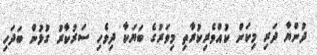
ދުންޔާ ދަރި މިކަން ކުއްވެރިކުރާތި މިވަރުގެ ބަޔަކާ ދިވެހި ސަރުކާރު ގުޅުން ބަދަހި